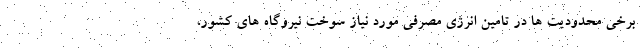
برخی محدودیت ها در تامین انرژی مصرفی مورد نیاز سوخت نیروگاه های کشور،